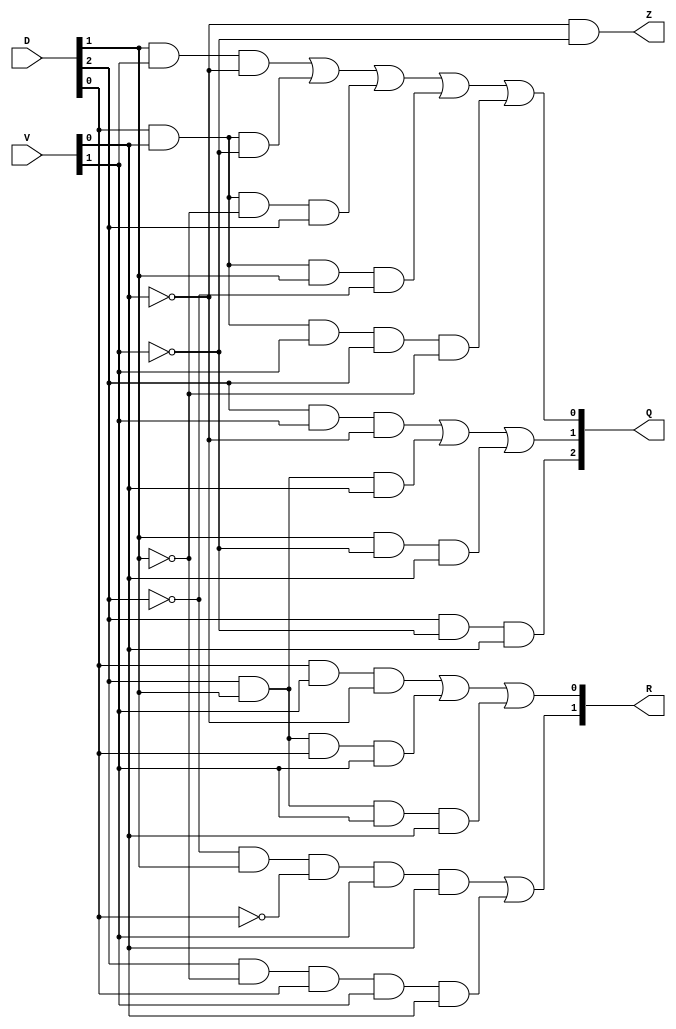
module division(D,V,Q,R,Z);

	input [2:0] D; 
	input [1:0] V;
	output [2:0] Q;
	output [1:0] R;
	output Z;
	// QUOTIENT
	assign Q[2] = D[2]&&(!V[1])&&V[0];
	assign Q[1] = (D[2]&&V[1]&&(!V[0]))||(D[2]&&D[1]&&V[0])||(D[1]&&(!V[1])&&V[0]);
	assign Q[0] = (D[1]&&V[1]&&(!V[0])) || (D[0]&&V[0]&&(!V[1])) || (D[0]&&V[0]&&(!D[1])&&D[2]) || 
	(D[0]&&V[0]&&D[1]&&(!D[2])) || (D[0]&&V[0]&&V[1]&&D[2]&&(!D[1]));
	// REMAINDER
	assign R[1] = ((!D[2])&&D[1]&&(!D[0])&&V[1]&&V[0]) || (D[2]&&(!D[1])&&D[0]&&V[1]&&V[0]);
	assign R[0] = (D[0]&&V[1]&&(!V[0])) || (D[2]&&D[1]&&D[0]&&V[1]) || (D[2]&&D[1]&&V[1]&&V[0]);
	// FLAG
	assign Z = (!V[0])&&(!V[1]);
endmodule